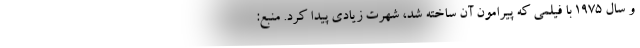
و سال ۱۹۷۵ با فیلمی که پیرامون آن ساخته شد، شهرت زیادی پیدا کرد. منبع: